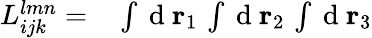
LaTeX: \begin{array}{rl}{L_{ijk}^{lmn}=}&{{}\int\mathrm{~d~}{\mathbf{r}_{1}}\, \int\mathrm{~d~}{\mathbf{r}_{2}}\, \int\mathrm{~d~}{\mathbf{r}_{3}}}\end{array}